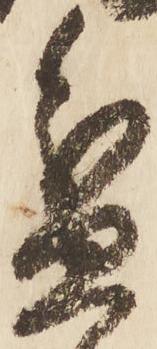
盆